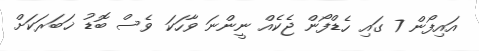
އައިފޯން 7 ގައި ހެޑްފޯން ޖެކެއް ނީންނަ ވާހަކަ ވެސް ބޮޑު ޚަބަރަކަށް